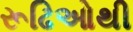
રૂઢિઓથી